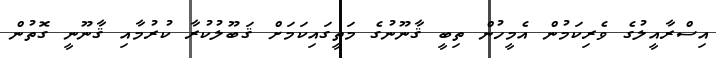
އިސްރާއީލުގެ ވެރިކަމުން އެމީހުން ތިބީ ޤާނޫނުގެ މަތީގައިކަމަށް ޤަބޫލުކުރާ ކުރުމާއި ޤާނޫނީ ގޮތުން